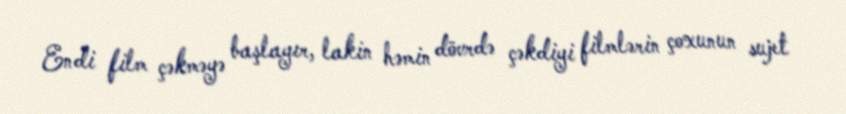
Endi film çəkməyə başlayır, lakin həmin dövrdə çəkdiyi filmlərin çoxunun sujet